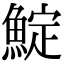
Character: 𩸎